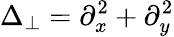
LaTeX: \Delta_{\perp}=\partial_{x}^{2}+\partial_{y}^{2}